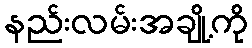
နည်းလမ်းအချို့ကို